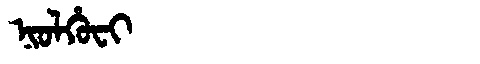
Manchu: ᠨᡳᠣᠯᡥᡠᠸᡳ
Romanization: NIOLHUFI